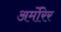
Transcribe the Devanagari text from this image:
अर्मोरेर